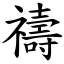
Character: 禱